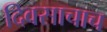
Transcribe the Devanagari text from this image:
दिवसाचाच